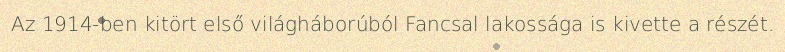
Az 1914-ben kitört első világháborúból Fancsal lakossága is kivette a részét.